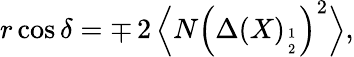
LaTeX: r\cos\delta=\mp\, 2\, \Bigl\langle N\left({\Delta}(X)_{1\atop 2}\right)^{2}\Bigr\rangle,